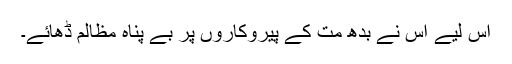
اس لیے اس نے بدھ مت کے پیروکاروں پر بے پناہ مظالم ڈھائے۔